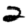
Digit: 2